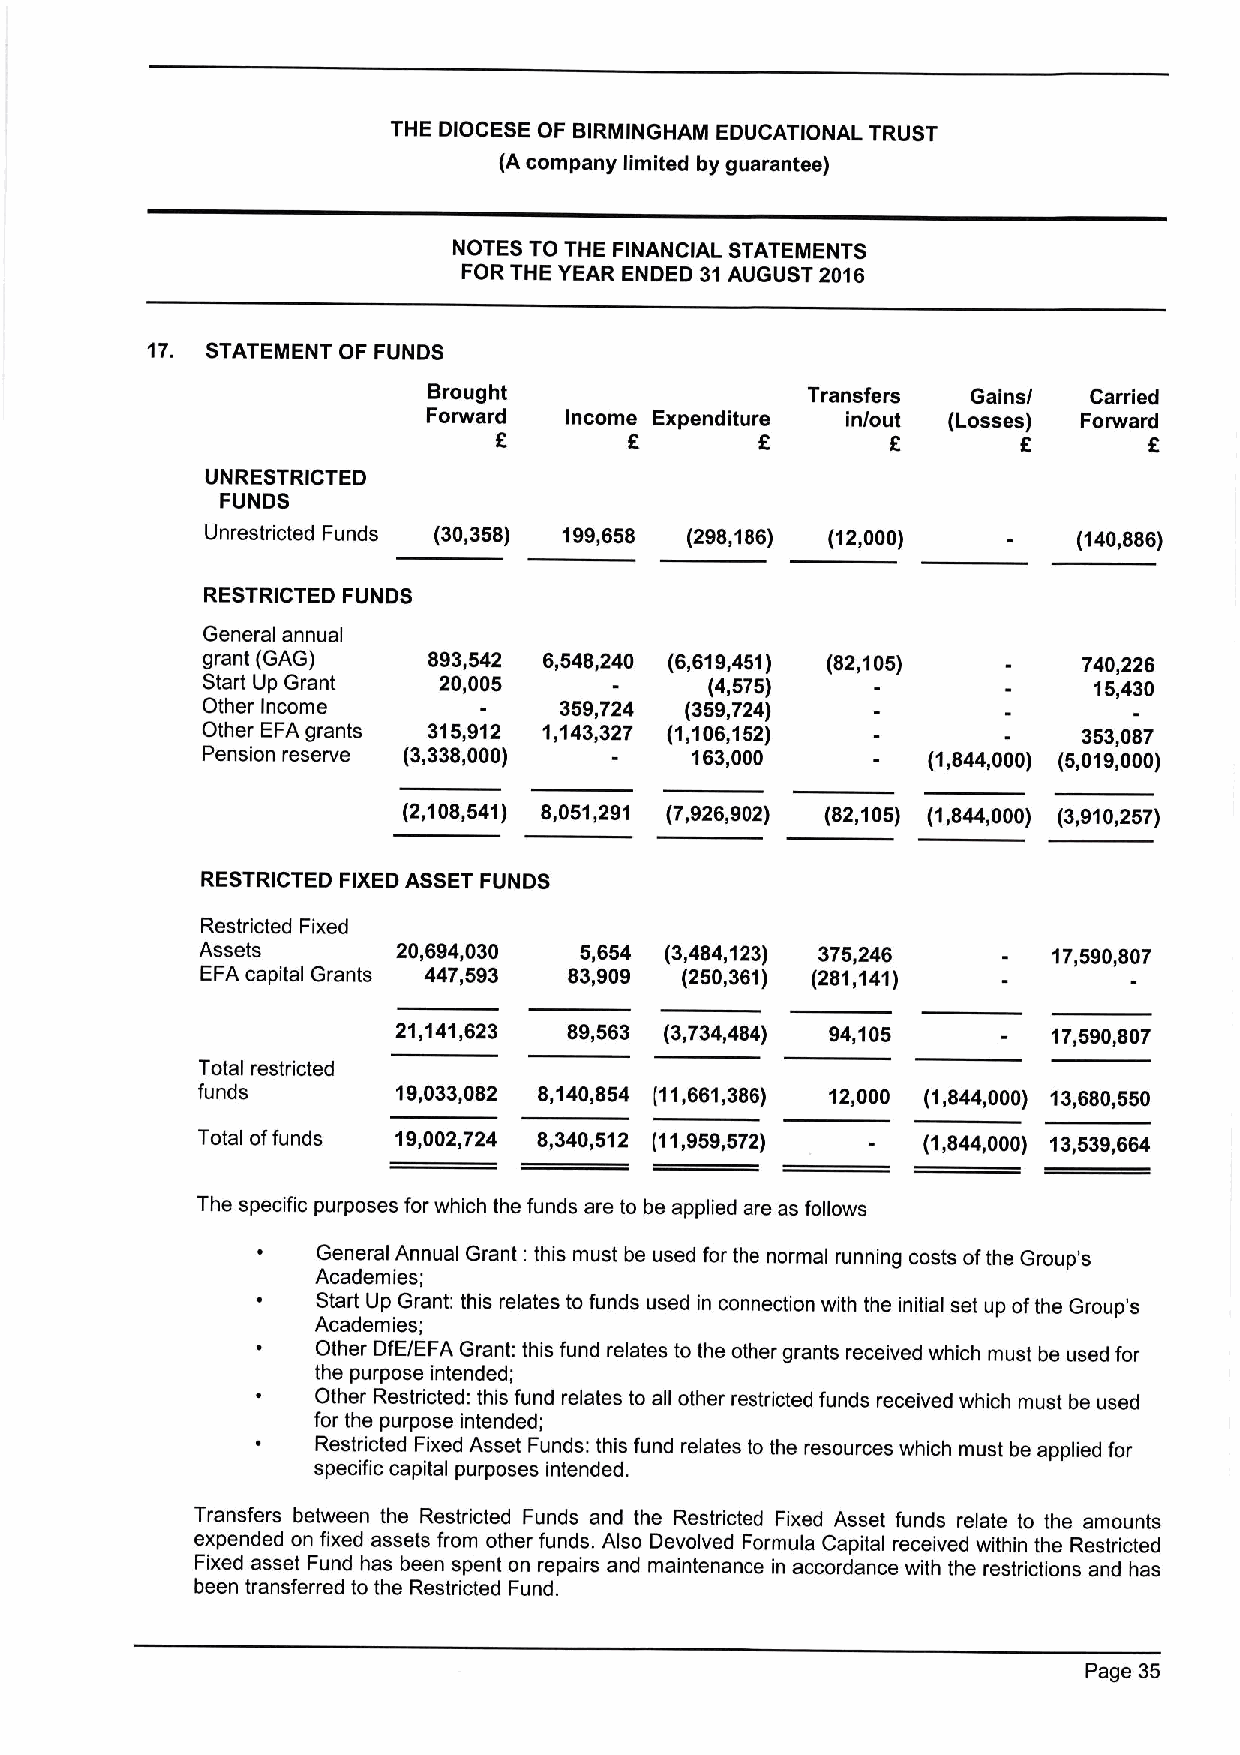
THE DIOCESE OF BIRMINGHAM EDUCATIONAL TRUST
 (A company limited by guarantee)
 NOTES TO THE FINANCIAL STATEMENTS
 FOR THE YEAR ENDED 31AUGUST 2016
 17. STATEMENT OF FUNDS
 Brought                  Transfers  Gains/  Carried
 Forward  Income Expenditure in/out (Losses) Forward
 E        E       E        6        E       E
 UNRESTRICTED
 FUNDS
 Unrestricted Funds (30,358) 199,658 (298,186) (12,000)   (140,886)
 RESTRICTED FUNDS
 General annual
 grant (GAG)    893,542 6,548,240 (6,619,451) (82,105)      740,226
 Start Up Grant  20,005            (4,575)                  15,430
 Other Income            359,724 (359,724)
 Other EFA grants 315,912 1,143,327 (1,106,152)             353,087
 Pension reserve (3,338,000)      163,000        (1,844,000) (5,019,000)
 (2,108,541) 8,051,291 (7,926,902) (82,105) (1,844,000) (3,910,257)
 RESTRICTED FIXEDASSET FUNDS
 Restricted Fixed
 Assets       20,694,030  5,654 (3,484,123) 375,246       17,590,807
 EFA capital Grants 447,593 83,909 (250,361) (281,141)
 21,141,623  89,563 (3,734,484) 94,105       17,590,807
 Total restricted
 funds        19,033,082 8,140,854 (11,661,386) 12,000 (1,844,000) 13,680,550
 Total offunds 19,002,724 8,340,512 (11,959,572) (1,844,000) 13,539,664
 The specific purposes for which the funds are to be applied are as follows
 General Annual Grant: this must be used for the normal running costs ofthe Group's
 Academies;
 Start Up Grant: this relates to funds used in connection with the initial set up ofthe Group's
 Academies;
 Other DfE/EFA Grant: this fund relates to the other grants received which must be used for
 the purpose intended;
 Other Restricted: this fund relates to all other restricted funds received which must be used
 for the purpose intended;
 Restricted Fixed Asset Funds: this fund relates to the resources which must be applied for
 specific capital purposes intended.
 Transfers between the Restricted Funds and the Restricted Fixed Asset funds relate to the amounts
 expended on fixed assets from other funds. Also Devolved Formula Capital received within the Restricted
 Fixed asset Fund has been spent on repairs and maintenance in accordance with the restrictions and has
 been transferred to the Restricted Fund.
 Page 35